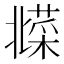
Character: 𱾦